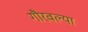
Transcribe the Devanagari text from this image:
गौरवल्या